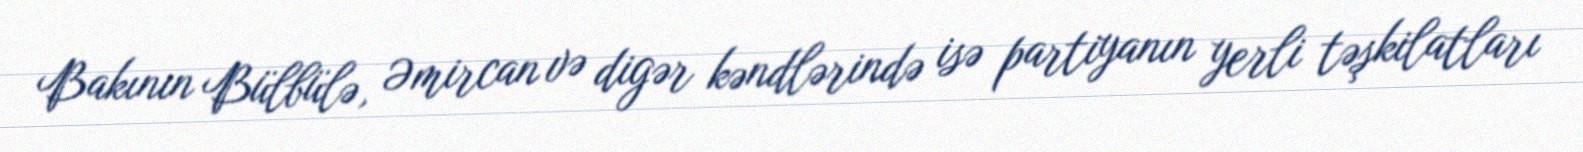
Bakının Bülbülə, Əmircan və digər kəndlərində isə partiyanın yerli təşkilatları